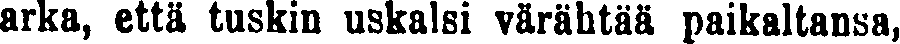
arka, että tuskin uskalsi värähtää paikaltansa,